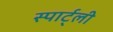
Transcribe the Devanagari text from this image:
स्पार्ट्ली